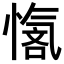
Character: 𪬣